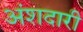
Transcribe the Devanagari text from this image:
अंशदारी